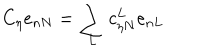
C _ { \eta } e _ { n N } = \sum _ { L } c _ { \eta N } ^ { L } e _ { n L }